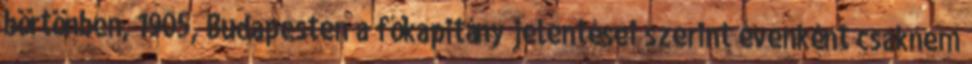
börtönben, 1905, Budapesten a főkapitány jelentései szerint évenként csaknem